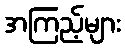
အကြည့်များ